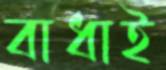
বাধাই